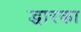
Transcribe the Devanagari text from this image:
द्धारका